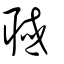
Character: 聝